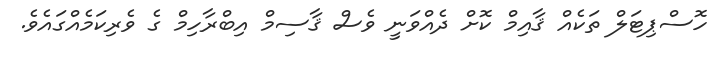
ހޮސްޕިޓަލް ތަކެއް ޤާއިމް ކޮށް ދެއްްވަނީ ވެސް ޤާސިމް އިބްރާހިމް ގެ ވެރިކަމެއްގައެވެ.